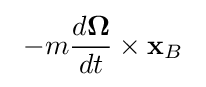
\ -m{\frac {d{\boldsymbol {\Omega }}}{dt}}\times \mathbf {x} _{B}\